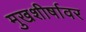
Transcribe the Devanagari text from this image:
मुखशीर्षावर